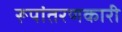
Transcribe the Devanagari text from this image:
रूपांतरणकारी